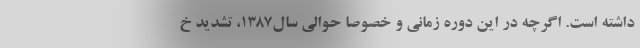
داشته است. اگرچه در این دوره زمانی و خصوصا حوالی سال1387، تشدید خ